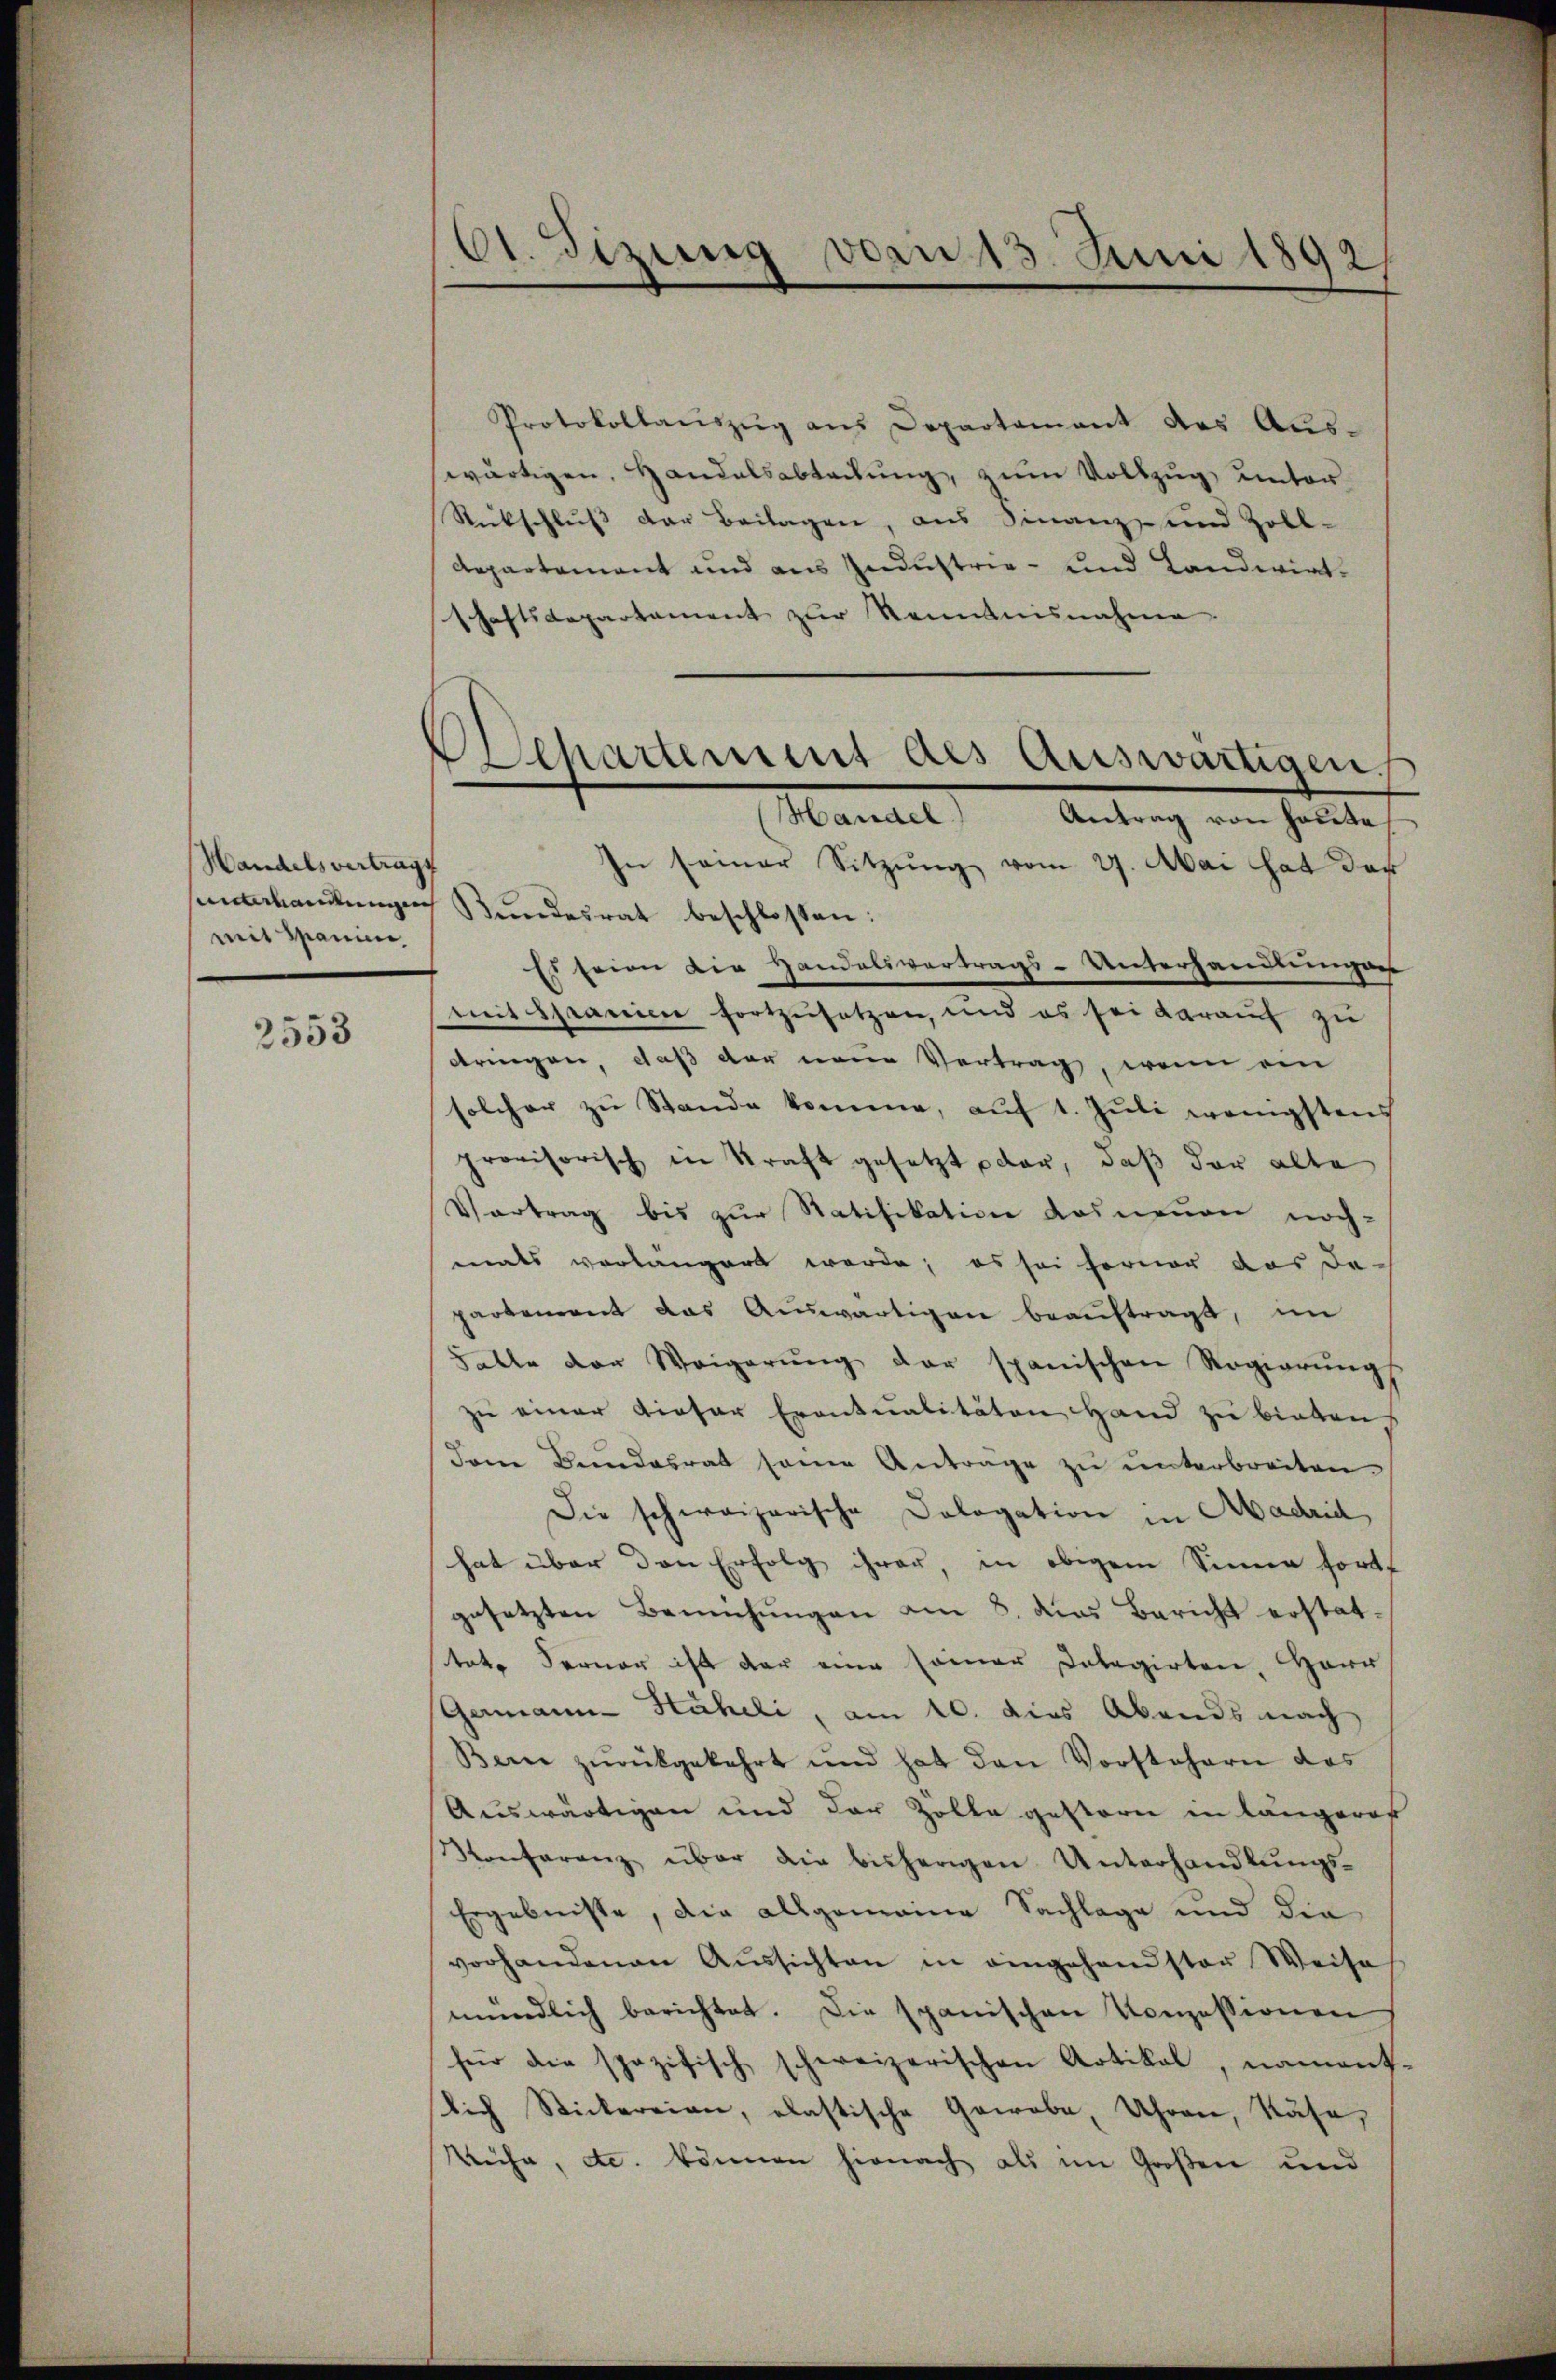
Handelsvertrags
mit Mann,

2553

dt. Sizung von 13. Juni 1892/

Departement des Auswärtigen.

Protokollaŭszŭg aŭs Departament des Aŭs-
wärtigen, Handelsabtretung, zum Vollzug unter
Rückschluß der Beilagen, aus Finanz- und Zoll-
Departement und aus Industrie- und Landwirtschaftsdepartement zŭr Kenntnisnahme
Handel Antrag von Haute
In seiner Sitzŭng vom 27. Mai hat der
uhandlungen Bundesrat beschlossen:
Es seien die Handelsvertrags-Unterhandlungen
mit spranien fortzusetzen, und es sei darauf zu
dringen daß der eine Vertrag, wenn an
solcher zu Stande komme, auf 1. Juli wenigstens
provisorisch in Kraft gesetzt dar, daß der alte
Vertrag bis zur Statifikation das neuen noch-
mals vorlängert werde; es sei ferner das da
partement das Auswärtigen beaŭftragt, im
Falle der Weigerŭng der spanischen Regierŭngs
zu einer dieser Erontualitäten Hand zu bieten.
dem Bŭndesrat seine Antrage zŭ ŭnterbreiten.
Die schweizerische Dologation in Madrid,
hat über den Erfolg ihrer, in obigem Sinne fortt
gesetzten Bemühungen am 8. das Bericht erstattate Ferner ist der eine samer Dolegirten, HHerr
Gemann Htäheli, am 10. dies Abends nach
Berne zŭrückgekehrt und hat den Vorstehern das
Auswärtigen und der Zolle gestern in längeres
Konferenz über die bisherigen Unterhandlŭngs-
Ergebnisse, die allgemeine Sachlage und die
vorhandenen Aŭssichten in eingehandster Weise
mündlich berichtet. Die spanischen Konzessionen
für die spezifisch schweizerischen Artikal, nament.
lich Stickereien, elastische Gewebe, Uhren, Käse,
Küche, etc. können hienach als im Großen und